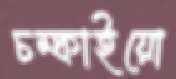
চম্‌কাইয়ো